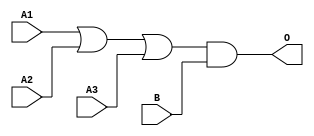
module JGB31A(A1, A2, A3, B, O);
input   A1;
input   A2;
input   A3;
input   B;
output  O;
or g0(w0, A1, A2, A3);
and g1(O, w0, B);
endmodule